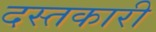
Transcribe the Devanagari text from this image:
दस्‍तकारी